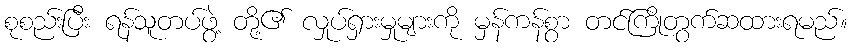
စုစည်းပြီး ရန်သူတပ်ဖွဲ့ တို့၏ လှုပ်ရှားမှုများကို မှန်ကန်စွာ တင်ကြိုတွက်ဆထားရမည်။